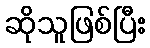
ဆိုသူဖြစ်ပြီး